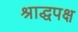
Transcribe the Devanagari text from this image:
श्राद्धपक्ष